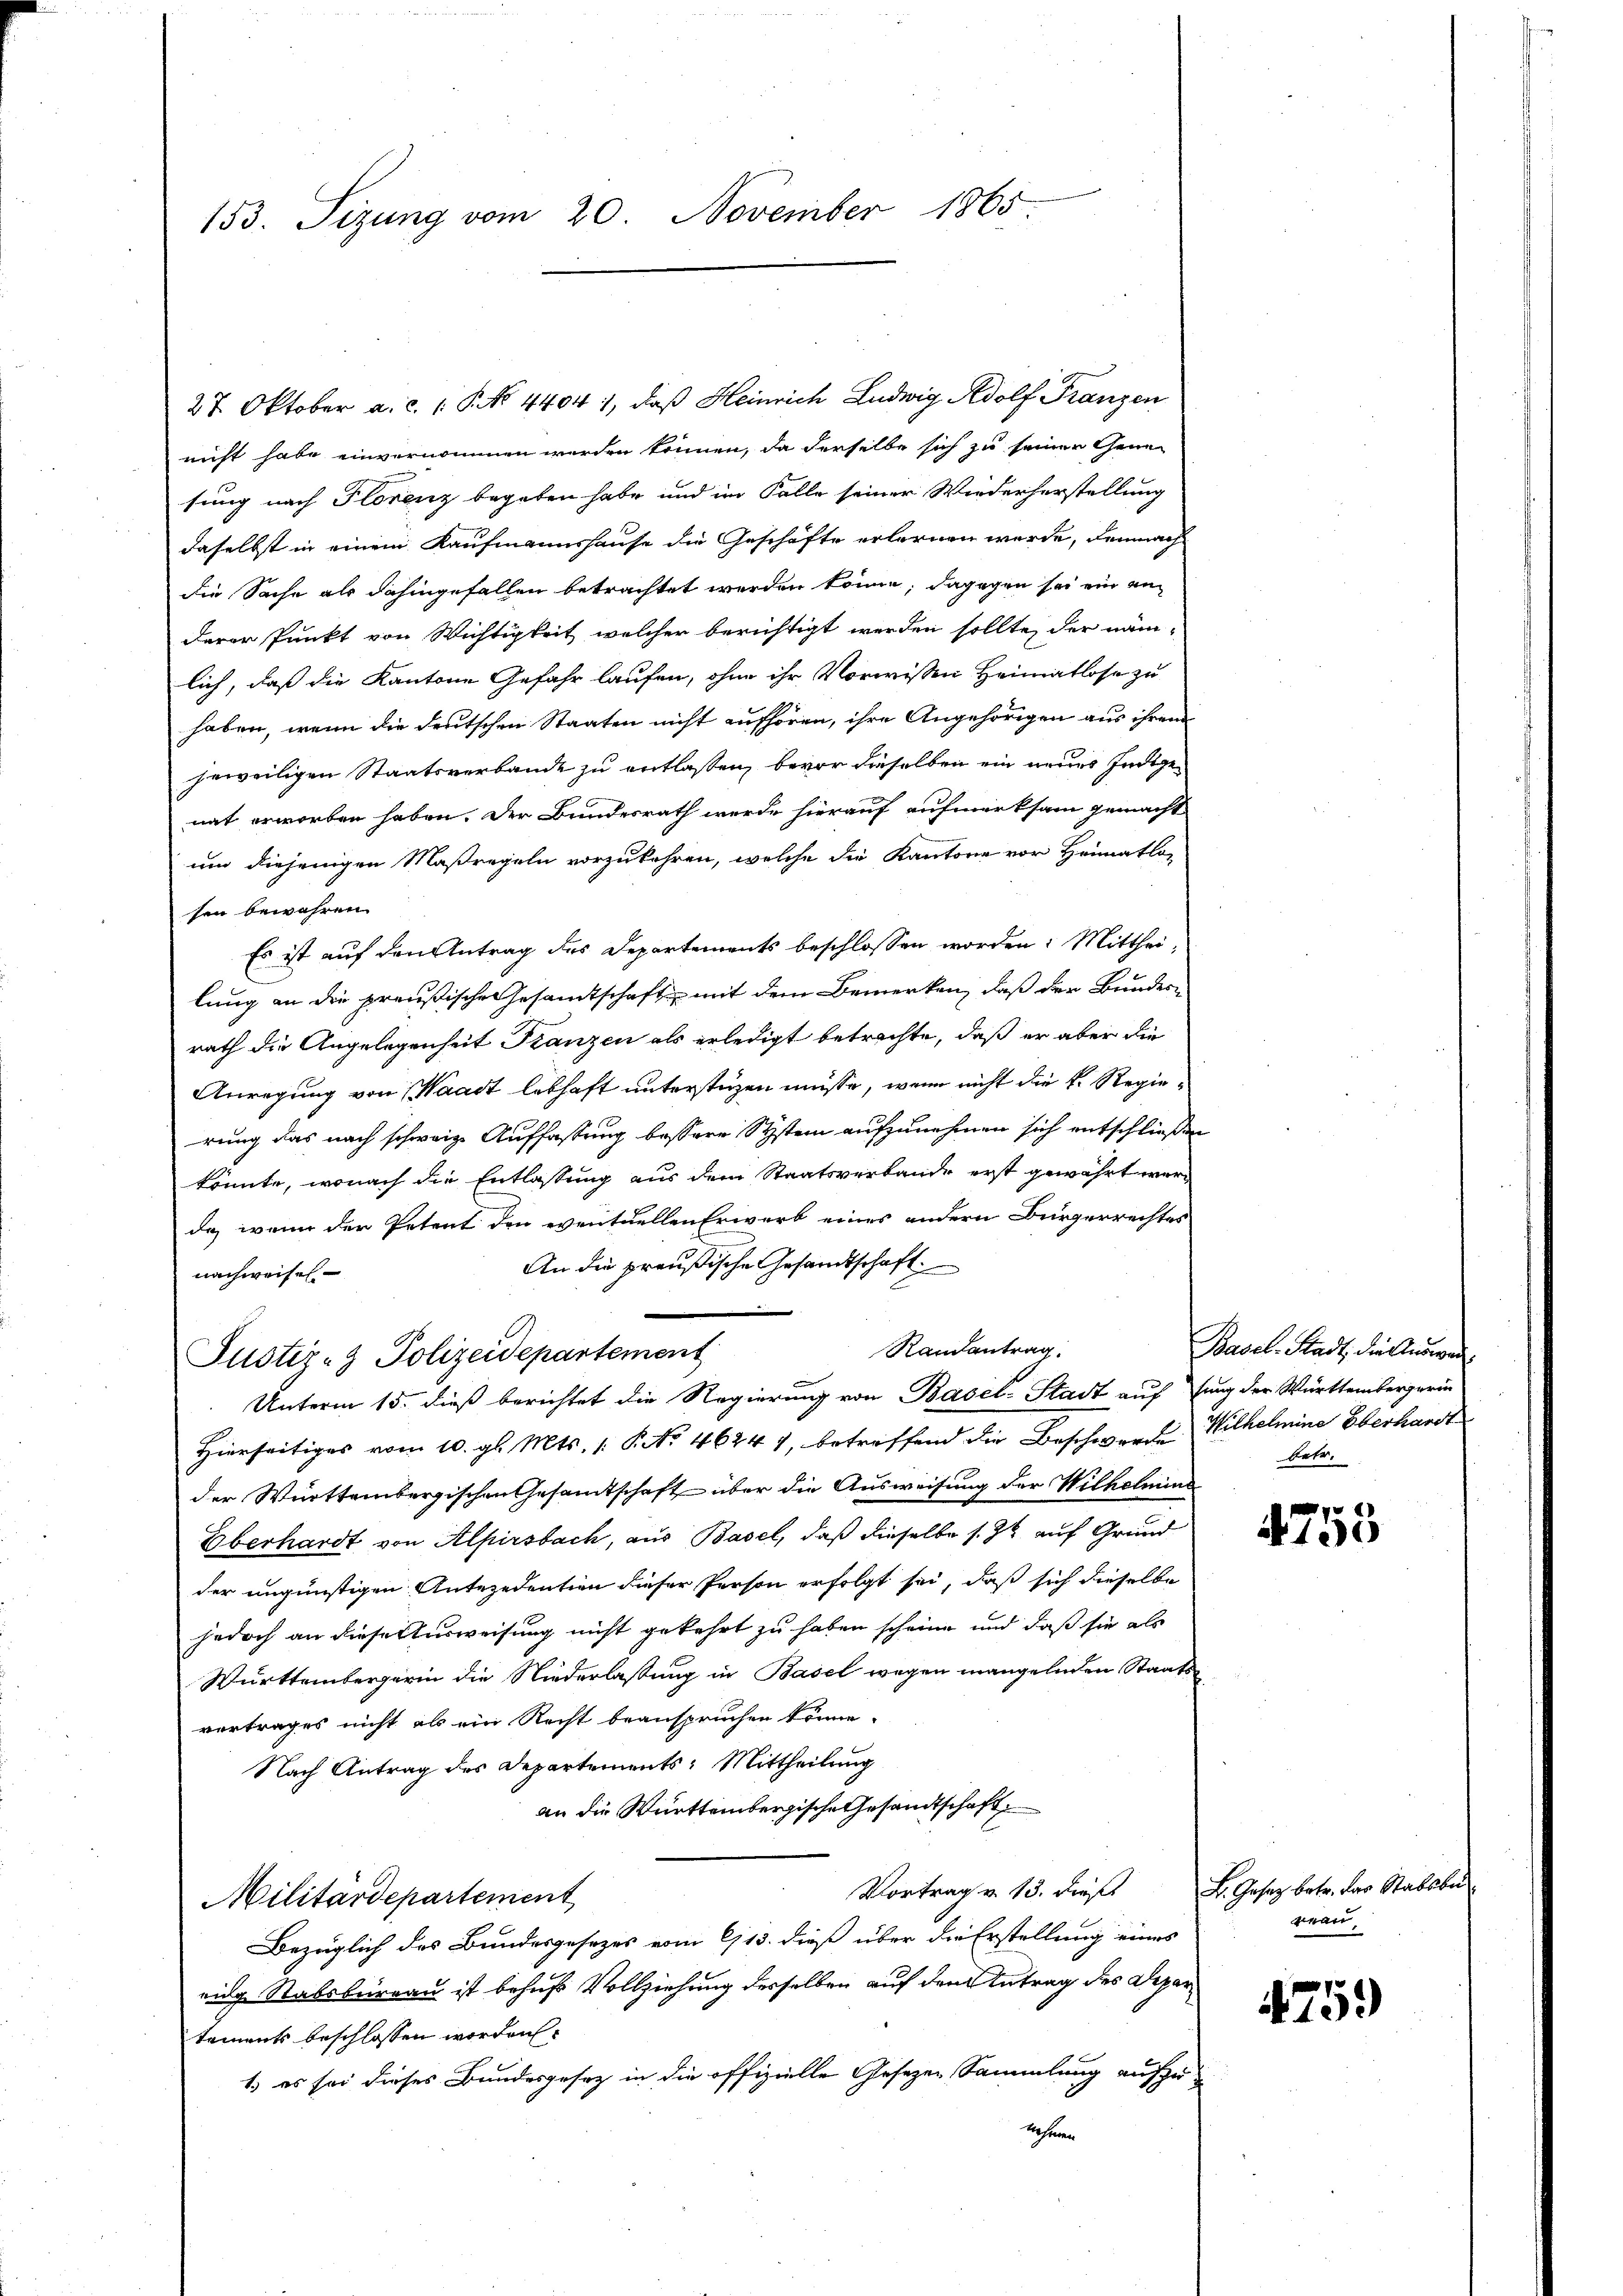
153. Sizung vom 20. November 1865

27. Oktober a. c. 1 P. No 4404 1, daß Heinrich Ludwig Adolf Franzen
nicht habe einvernommen werden können, da derselbe sich zu seiner Genesung nach Florenz begeben habe und im Falle seiner Wiederherstellung
daselbst in einem Kaufmannshause die Geschäfte erlernen werde, demnach
die Sache als dahingefallen betrachtet werden könne; dagegen sei ein an
derer Punkt von Wichtigkeit, welcher berichtigt werden sollte, der näm-
lich, daß die Kantone Gefahr laufen, ohne ihr Vorwissen Heimatlose zu
haben, wenn die deutschen Staaten nicht aufhören, ihre Angehörigen aus ihrem
jeweiligen Staatsverbande zu entlassen, bevor dieselben ein neues Indegenat erworben haben. Der Bundesrath werde hierauf aufmerksam gemacht
um diejenigen Maßregeln vorzukehren, welche die Kantone vor Heimatlo-
sen bewahren.
Es ist auf den Antrag des Departements beschlossen worden. Mittheilung an die preußische Gesamtschaft mit dem Bemerken, daß der Bundes-
rath die Angelegenheit Franzen als erledigt betrachte, daß er aber die
Anregung von Waadt lebhaft unterstüzen müsse, wenn nicht die k. Regierung das nach schweiz. Auffassung bessere System aufzunehmen sich entschließen
könnte, wonach die Entlassung aus dem Staatsverbande erst gewährt werda, wenn der Petent den eventuellen Erwerb eines andern Bürgerrechtes
An die preußische Gesandtschaft.
nachweises
Randantrag
Justiz- & Polizeidepartement
Unterm 15. dieß berichtet die Regierung von Basel-Stadt auf fung der Württembergerin
Hierseitiges vom 10. gl. Mts. 1. P. No 46247, betreffend die Beschwerden Wilhelmine Oberhandt
der Württembergischen Gesamtschaft über die Ausweisung der Wilhelmine
Überhardt von Alpirsbach, aus Basel, daß dieselbe s. Z. auf Grund
der ungünstigen Antezedention dieser Person erfolgt sei, daß sich dieselbe
jedoch an diese Ausweisung nicht gekehrt zu haben scheine und daß sie als
Württembergerin die Niederlassung in Basel wegen mangelnden Staatsvertrages nicht als ein Recht beanspruchen könne.
Nach Antrag des Departements: Mittheilung
an die Württembergische Gesandtschaft
Vortrag v. 13. dieß
Militärdepartement
Bezüglich des Bundesgesezes vom 9/13. dieß über die Erstellung eines
nig Stabsbureau ist behufs Vollziehung desselben auf dem Zutrag des Departaments beschlossen worden.
1.) es sei dieses Bundesgesetz in die offizielle Gesezen Sammlung aufzunahmen

Basel-Stadt, die Anwen
betr.

4755

L. Gesez betr. der Stabsbur
wan

759)